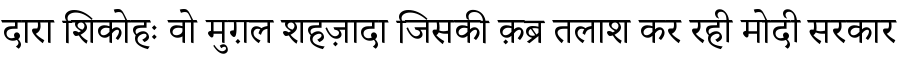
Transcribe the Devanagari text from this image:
दारा शिकोहः वो मुग़ल शहज़ादा जिसकी क़ब्र तलाश कर रही मोदी सरकार